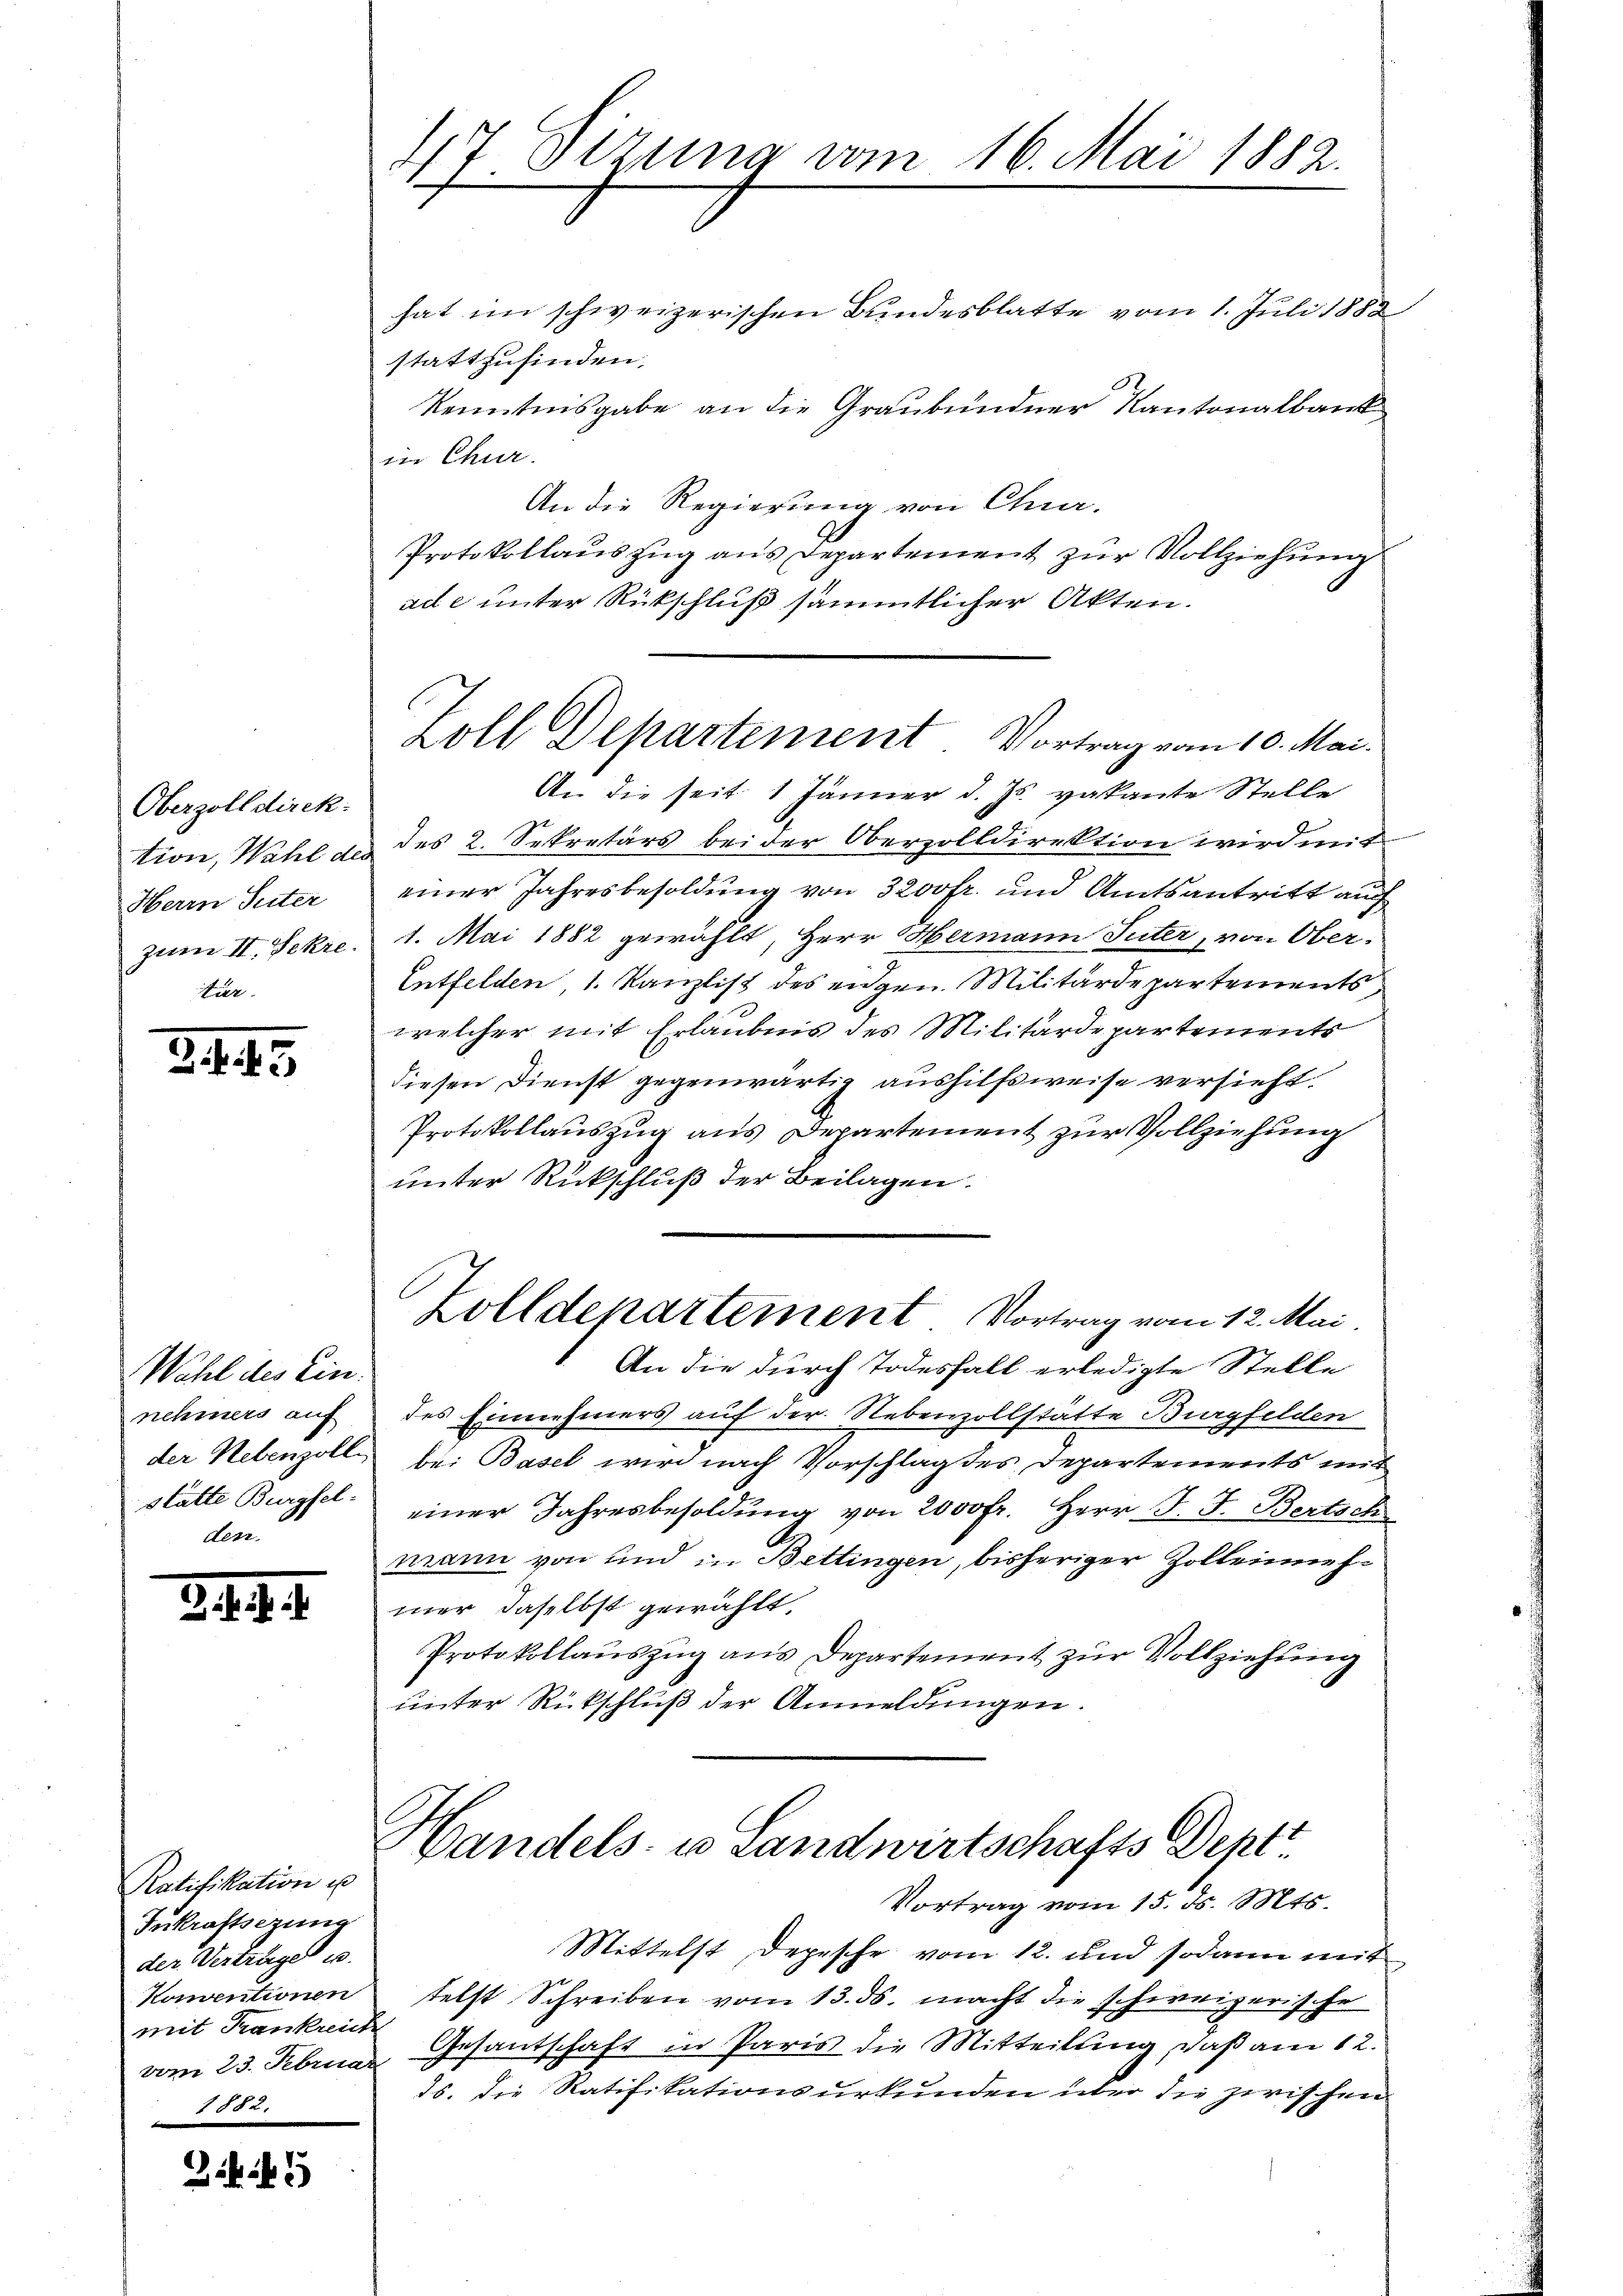
Oberzolldirek
tion, Wahl des
Herrn Suter
zumer II. Sekre

25

Wahl des Einnehmers auf
der Nebenzoll
stätte Burgfel-
den.

.

Ratifikation u
Inkraftsezung
der Verträge
Konventionen
mit Frankreich
vom 23. Februar
1882.

44

47 Sitzung vom 16. Mai 1882.
hat im schweizerischen Bundesblatte vom 1. Juli 1888
stattzufinden.

Kenntnisgabe an die Graubündner Kantonalbank
in Chur.
An die Regierung von Chur-
Protokollauszug aus Departement zur Vollziehung
ade unter Rückschluß sämmtlicher Akten.

Zoll Departement Vortrag vom 10. Mai.

Handels- u Landwirtschafts Dentt
Vortrag vom 15. ds. Mts.

An die seit 1 Jänner d. Js. vakante Stelle
des 2. Sekretärs bei der Oberzolldirektion wird reich
einer Jahresbesoldung von 3200 fr. und Amtsantritt auch
1. Mai 1882 gewählt, Herr Hermann Suter, von Ober-
Entfelden, 1. Kanzlist des eidgen. Militärdepartements
welcher mit Erlaubnis des Militärdepartements
diesen Dienst gegenwärtig aushilfsweise versieht.
Protokollauszug aus Departement zur Vollziehung
unter Rückschluß der Beilagen.
Zolldepartement Vortrag vom 12. Mai
An die durch Todesfall erledigte Stelle
des Einnehmers auf der Nebenzollstätte Burgfelden
bei Basel wird nach Vorschlag des Departements mit
einer Jahresbesoldung von 2000 fr. Herr J. J. Bertsch
mann von und in Bettingen, bisheriger Zollenmehmer, daselbst gewählt.
Protokollauszug aus Departement zur Vollziehung
unter Rückschluß der Anmeldungen.

Mittelst Depesche vom 12. und sodann mit
telst Schreiben vom 13. ds. macht die schweizerische
Gesantschaft in Paris die Mitteilung, daß am 12.
15. Die Ratifikationsurkunden über die zwischen